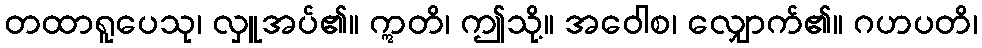
တထာရူပေသု၊ လှူအပ်၏။ ဣတိ၊ ဤသို့။ အဝေါစ၊ လျှောက်၏။ ဂဟပတိ၊